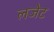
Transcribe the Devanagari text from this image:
लजेट